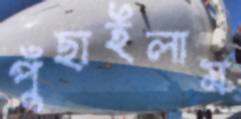
পুঁছাইলাম